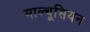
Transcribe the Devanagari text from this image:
माल्थूसियन